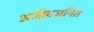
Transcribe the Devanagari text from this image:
अजीवजनित